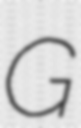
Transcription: G